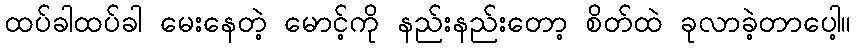
ထပ်ခါထပ်ခါ မေးနေတဲ့ မောင့်ကို နည်းနည်းတော့ စိတ်ထဲ ခုလာခဲ့တာပေါ့။